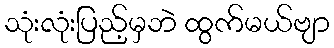
သုံးလုံးပြည့်မှဘဲ ထွက်မယ်ဗျာ